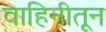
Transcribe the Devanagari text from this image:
वाहिनीतून